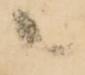
共